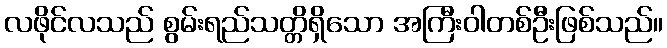
လဖိုင်လသည် စွမ်းရည်သတ္တိရှိသော အကြီးဝါတစ်ဦးဖြစ်သည်။